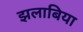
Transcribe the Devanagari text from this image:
झलाबिया